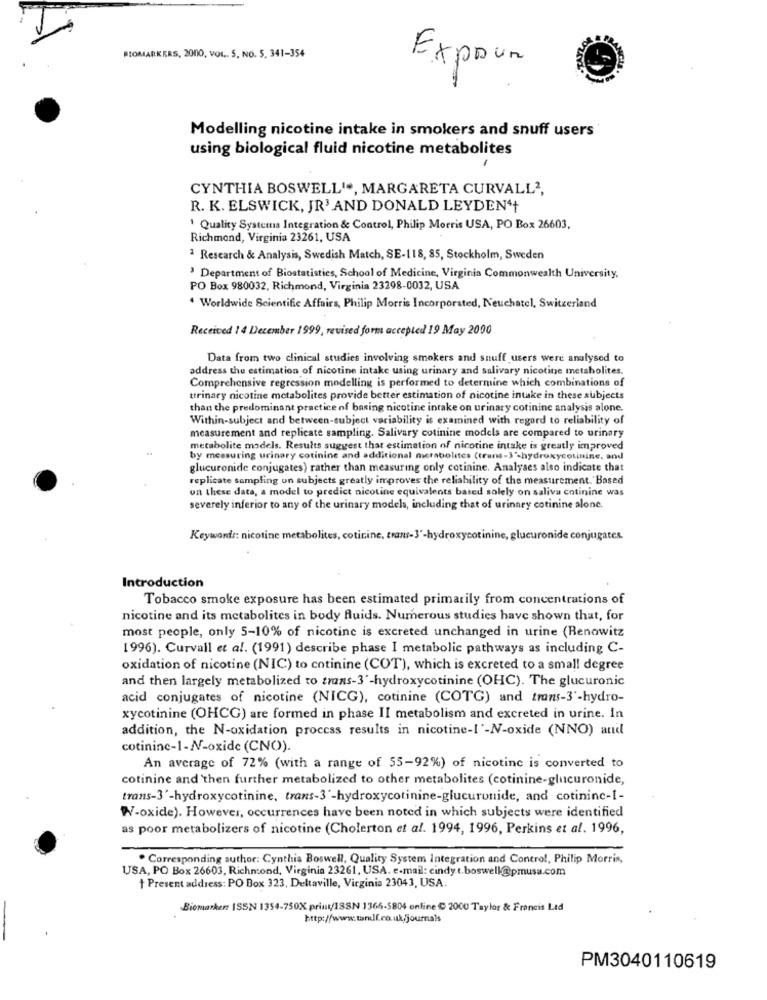
BIOMARKERS, 2000, VOL .. 5, NO. 5. 341-354
Expour
Modelling nicotine intake in smokers and snuff users
using biological fluid nicotine metabolites
CYNTHIA BOSWELL !*, MARGARETA CURVALL2,
R. K. ELSWICK, JR' AND DONALD LEYDEN'+
Quality Systems Integration & Control, Philip Morris USA, PO Box 26603.
Richmond, Virginia 23261, USA
Research & Analysis, Swedish Match, SE-118, 85, Stockholm, Sweden
3 Department of Biostatistics, School of Medicine, Virginia Commonwealth University,
PO Box 980032, Richmond, Virginia 23298-0032, USA
Worldwide Scientific Affairs, Philip Morris Incorporated, Neuchatel, Switzerland
Received 14 December 1999, revised form accepted 19 May 2000
Data from two clinical studies involving smokers and snuff users were analysed to
address the estimation of nicotine intake using urinary and salivary nicotine metsholites.
Comprehensive regression modelling is performed to determine which combinations of
urinary nicotine metabolites provide better estimation of nicotine intake in these subjects
than the predominant practice of baring nicotine intake on urinary cotinine analysis alone.
Within-subject and between-subject variability is examined with regard to reliability of
measurement and replicate sampling. Salivary cotinine models are compared to urinary
metabolite models. Results suggest that estimation of nicotine intake is greatly improved
by measuring urinary cotinine and additional merabolites (trans-3'-hydroxycotinine, and
glucuronide conjugates) rather than measuring only cotinine. Analyses also indicate that
replicate sampling on subjects greatly improves the reliability of the measurement."Based
un these data, a model to predict nicotine equivalents based solely on saliva cotinine was
severely inferior to any of the urinary models, including that of urinary cotinine alone.
Keywords: nicotine metabolites, coticine, trans-3'-hydroxycotinine, glucuronide conjugates.
Introduction
Tobacco smoke exposure has been estimated primarily from concentrations of
nicotine and its metabolites in body fluids. Numerous studies have shown that, for
most people, only 5-10% of nicotine is excreted unchanged in urine (Renowitz
1996). Curvall et al. (1991) describe phase I metabolic pathways as including C-
oxidation of nicotine (NIC) to cotinine (COT), which is excreted to a small degree
and then largely metabolized to trans-3'-hydroxycotinine (OHC). The glucuronic
acid conjugates of nicotine (NICG), cotinine (COTG) and trans-3'-hydro-
xycotinine (OHCG) are formed in phase II metabolism and excreted in urine. In
addition, the N-oxidation process results in nicotine-I'-N-oxide (NNO) and
cotinine-1-N-oxide (CNO).
An average of 72% (with a range of 55-92%) of nicotine is converted to
cotinine and then further metabolized to other metabolites (cotinine-glucuronide,
trans-3'-hydroxycotinine, trans-3'-hydroxycotinine-glucuronide, and cotininc-1-
W-oxide). However, occurrences have been noted in which subjects were identified
as poor metabolizers of nicotine (Cholerton et al. 1994, 1996, Perkins et al. 1996,
. Corresponding suthor: Cynthia Boswell, Quality System Integration and Control, Philip Morris,
USA, PO Box 26603, Richmond, Virginia 23261, USA. e-mail: cindy t.boswell@pmusa.com
+ Present address: PO Box 323, Deltaville, Virginia 23043, USA.
Biemarken ISSN 1354-750X primt/188N 1366-5804 online € 2000 Taylor & Francis Led
PM3040110619